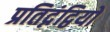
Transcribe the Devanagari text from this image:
प्रतिद्नंद्वियों